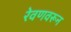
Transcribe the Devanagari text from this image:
रेवणवरून